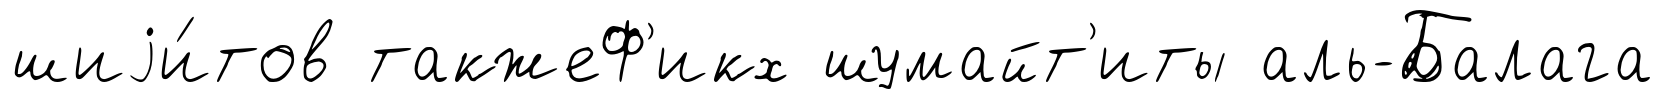
шиjи́тов такжеФ'икх шумайт'иты аль-Балага